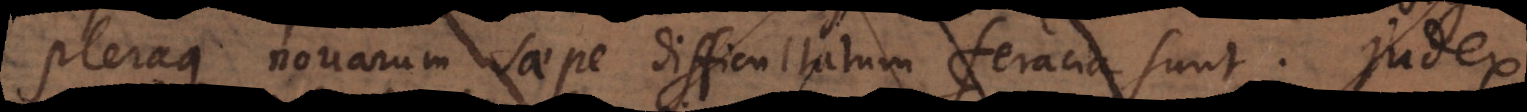
pleraque novarum saepe difficultatum feracia sunt. Judex